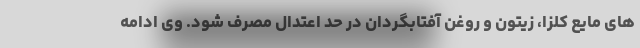
های مایع کلزا، زیتون و روغن آفتابگردان در حد اعتدال مصرف شود. وی ادامه